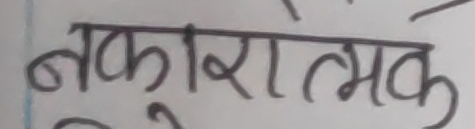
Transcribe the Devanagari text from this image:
नकारात्मक